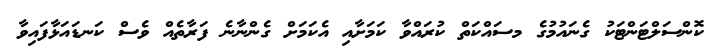
ކޮންސަލްޓަންޓަކު ގެނައުމުގެ މސައްކަތް ކުރައްވާ ކަމަށާއި އެކަމަށް ގެންނާނެ ފަރާތެއް ވެސް ކަނޑައަޅާފައިވާ